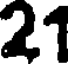
21